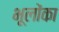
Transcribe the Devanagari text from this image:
भूलोंका